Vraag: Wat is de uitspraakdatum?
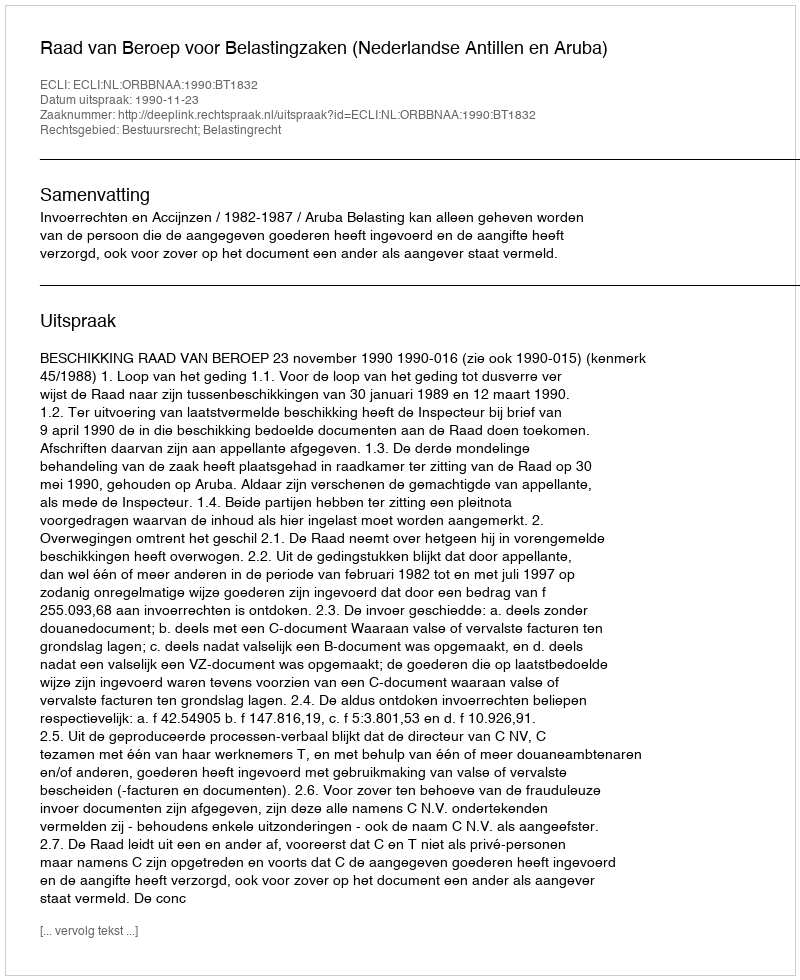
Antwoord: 1990-11-23